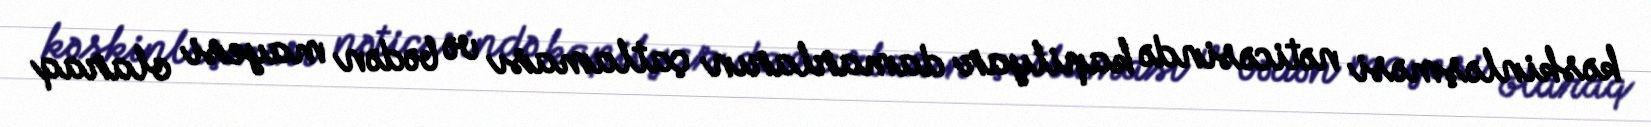
kəskinləşməsi nəticəsində kapilyar damarların çatlaması və bədən mayesi olaraq